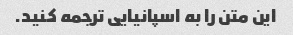
این متن را به اسپانیایی ترجمه کنید.